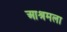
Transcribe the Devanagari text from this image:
आश्रमला